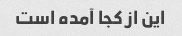
این از کجا آمده است